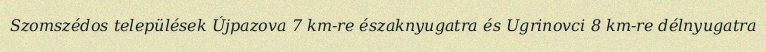
Szomszédos települések Újpazova 7 km-re északnyugatra és Ugrinovci 8 km-re délnyugatra